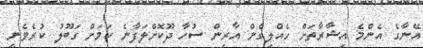
އޭނާގެ އެންމެ އިޝާރާތަށް ހެއްލިގެން އާރިން ސުހާ ދޫކޮށްލަފާނެ ކަމަށް ގަބޫލު ކުރެވެނީ